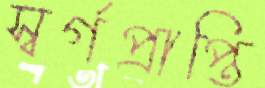
স্বর্গপ্রাপ্তি